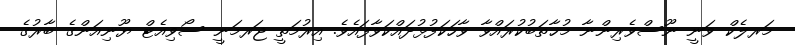
މަރލެކް ވަނީ ނޫސްވެރިންނާ މުޚާތަބުކުރައްވާ ވާހަކަފުޅުދައްކަވާފައެވެ. އިރުމަތީ ޖަރމަނީ ސޯވިއެޓް ޔޫނިއަންގެ ބާރުގެ